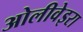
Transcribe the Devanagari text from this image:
ओलीवेइरा